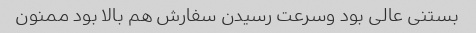
بستنی عالی بود وسرعت رسیدن سفارش هم بالا بود ممنون